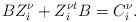
LaTeX: \begin{align*} BZ^{\nu}_i+Z^{\nu t}_iB=C_i^{\nu}.\end{align*}